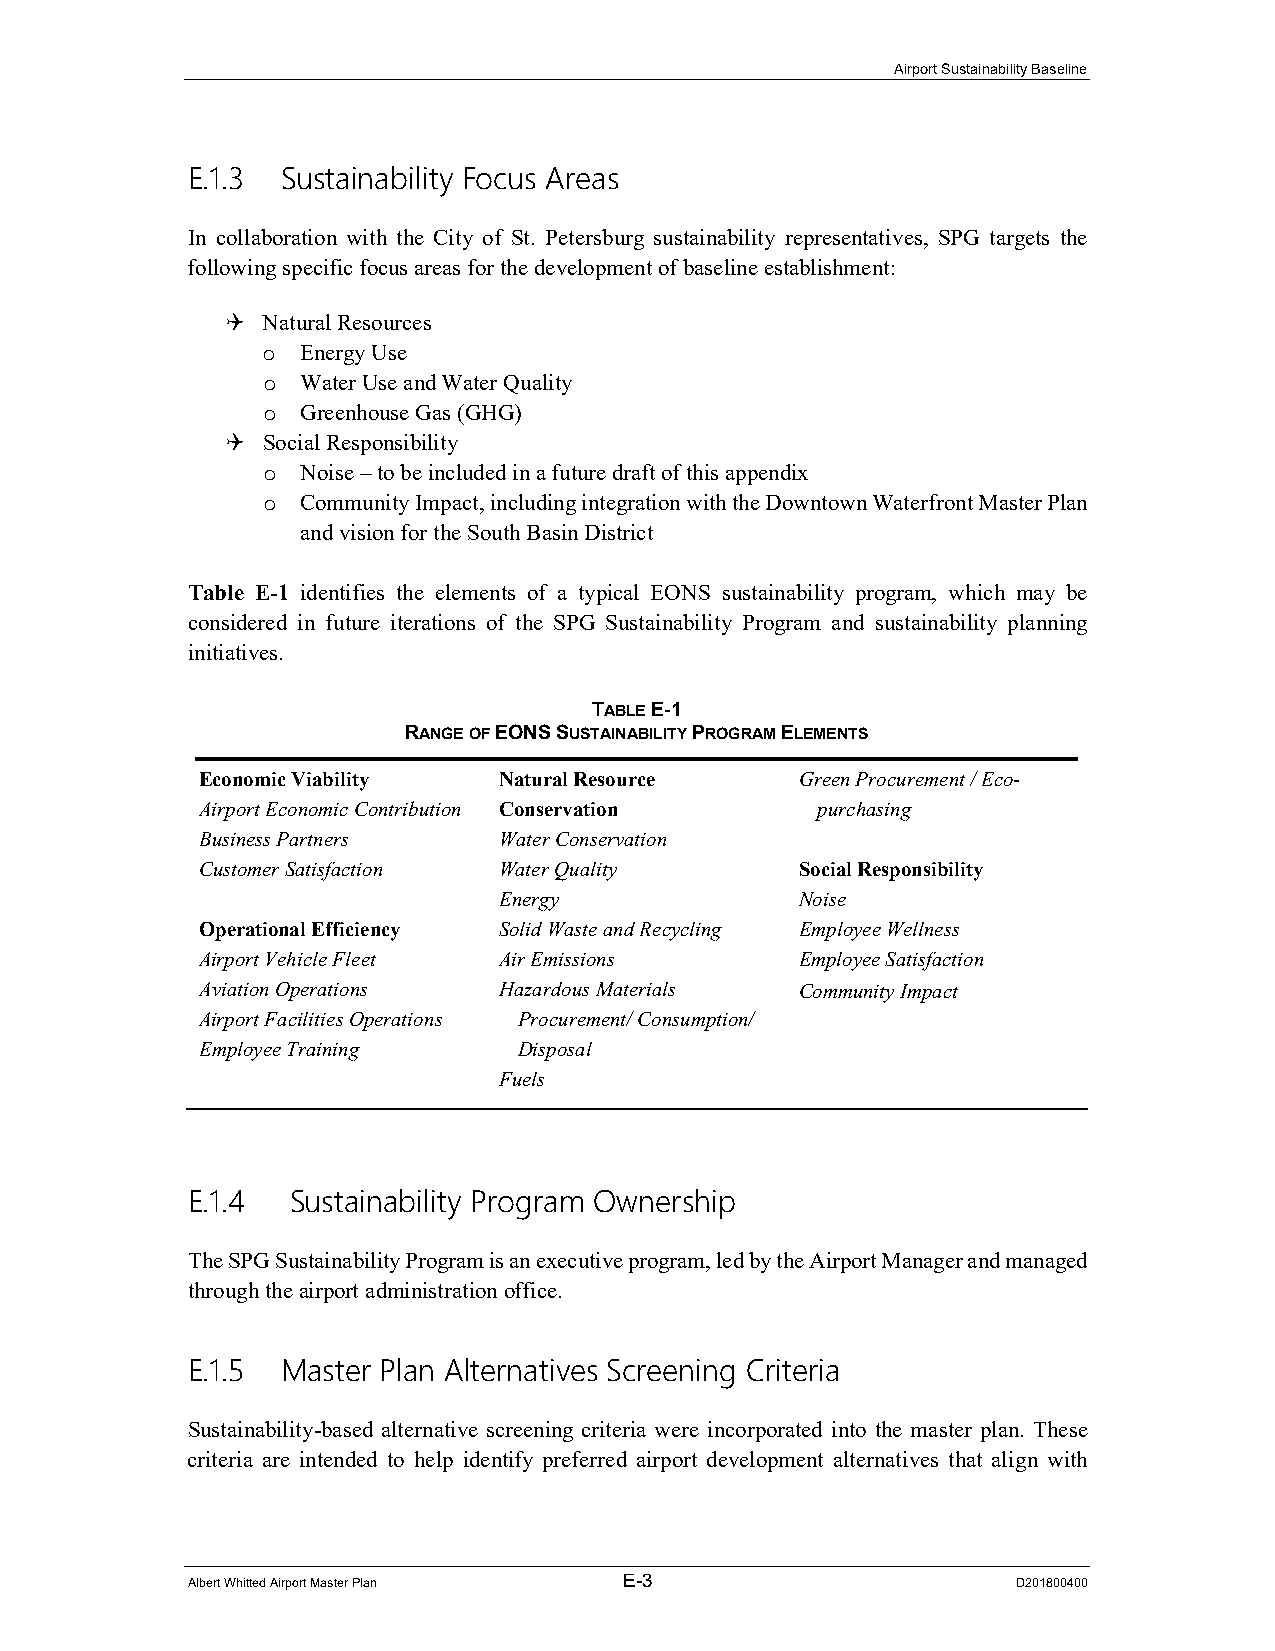
Airport Sustainability Baseline
 E.1.3  Sustainability Focus Areas
 In collaboration with the City of St. Petersburg sustainability representatives, SPG targets the
 following specific focus areas for the development of baseline establishment:
  Natural Resources
 Energy Use
 o
 Water Use and Water Quality
 o
 Greenhouse Gas (GHG)
 o
  Social Responsibility
 Noise – to be included in a future draft of this appendix
 o
 Community Impact, including integration with the Downtown Waterfront Master Plan
 o
 and vision for the South Basin District
 Table E-1 identifies the elements of a typical EONS sustainability program, which may be
 considered in future iterations of the SPG Sustainability Program and sustainability planning
 initiatives.
 TABLE E-1
 RANGE OF EONS SUSTAINABILITY PROGRAM ELEMENTS
 Economic Viability  Natural Resource    Green Procurement / Eco-
 Airport Economic Contribution Conservation purchasing
 Business Partners   Water Conservation
 Customer Satisfaction Water Quality     Social Responsibility
 Energy              Noise
 Operational Efficiency Solid Waste and Recycling Employee Wellness
 Airport Vehicle Fleet Air Emissions     Employee Satisfaction
 Aviation Operations Hazardous Materials Community Impact
 Airport Facilities Operations Procurement/ Consumption/
 Employee Training    Disposal
 Fuels
 E.1.4  Sustainability Program Ownership
 The SPG Sustainability Program is an executive program, led by the Airport Manager and managed
 through the airport administration office.
 E.1.5  Master Plan Alternatives Screening Criteria
 Sustainability-based alternative screening criteria were incorporated into the master plan. These
 criteria are intended to help identify preferred airport development alternatives that align with
 Albert Whitted Airport Master Plan E-3                 D201800400